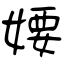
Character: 婹